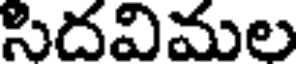
సిదవిమల